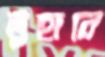
তুহানে